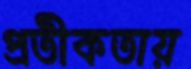
প্রতীকতায়